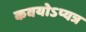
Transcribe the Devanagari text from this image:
कवयोऽप्यत्र